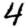
Digit: 4